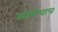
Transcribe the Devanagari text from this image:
संस्थेचाच